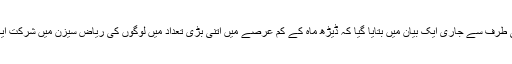
تفریحی اتھارٹی کی طرف سے جاری ایک بیان میں بتایا گیا کہ ڈیڑھ ماہ کے کم عرصے میں اتنی بڑی تعداد میں لوگوں کی ریاض سیزن میں شرکت ایک نیا ریکارڈ ہے ۔